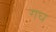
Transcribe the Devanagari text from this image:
गघ